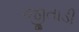
જીતાડી